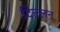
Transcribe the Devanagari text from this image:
दिल्लन